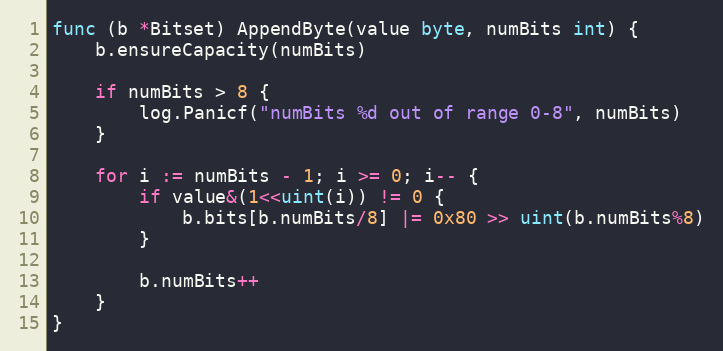
Language: Go
func (b *Bitset) AppendByte(value byte, numBits int) {
	b.ensureCapacity(numBits)

	if numBits > 8 {
		log.Panicf("numBits %d out of range 0-8", numBits)
	}

	for i := numBits - 1; i >= 0; i-- {
		if value&(1<<uint(i)) != 0 {
			b.bits[b.numBits/8] |= 0x80 >> uint(b.numBits%8)
		}

		b.numBits++
	}
}